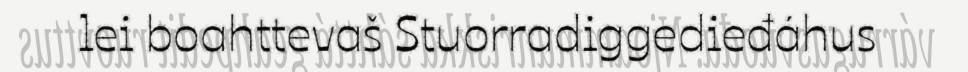
lei boahttevaš Stuorradiggedieđáhus